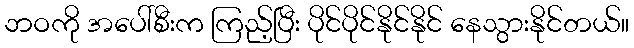
ဘဝကို အပေါ်စီးက ကြည့်ပြီး ပိုင်ပိုင်နိုင်နိုင် နေသွားနိုင်တယ်။